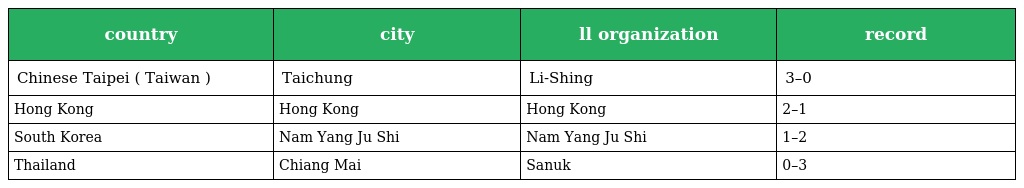
| country | city | ll organization | record |
 | --- | --- | --- | --- |
 | Chinese Taipei ( Taiwan ) | Taichung | Li-Shing | 3–0 |
 | Hong Kong | Hong Kong | Hong Kong | 2–1 |
 | South Korea | Nam Yang Ju Shi | Nam Yang Ju Shi | 1–2 |
 | Thailand | Chiang Mai | Sanuk | 0–3 |